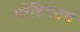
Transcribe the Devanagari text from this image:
ग्लेडियेटर्स